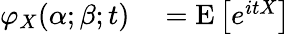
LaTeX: \begin{array}{rl}{\varphi_{X}(\alpha;\beta;t)}&{{}=\operatorname{E}\left[e^{itX}\right]}\end{array}